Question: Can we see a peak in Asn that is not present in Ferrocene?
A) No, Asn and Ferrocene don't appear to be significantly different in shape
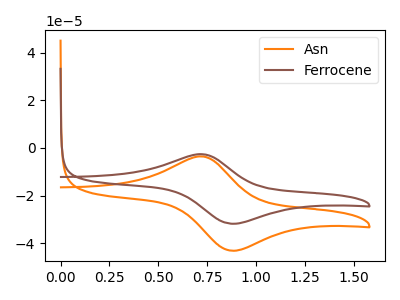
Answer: <think>The orange curve "Asn" has an anodic peak at (0.70V, -3.55uA) and a cathodic peak at (0.90V, -43.15uA). The brown curve "Ferrocene" has an anodic peak at (0.70V, -2.60uA) and a cathodic peak at (0.90V, -31.85uA).
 All the peaks in "Asn" have a peak in "Ferrocene" at the same potential.</think>
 <answer>A) No, "Asn" and "Ferrocene" don't appear to be significantly different in shape</answer>
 <eval>A</eval>